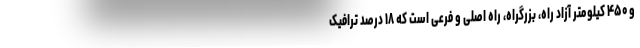
و ۴۵۰ کیلومتر آزاد راه، بزرگراه، راه اصلی و فرعی است که ۱۸ درصد ترافیک